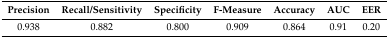
<table><thead><tr><td><b>Precision</b></td><td><b>Recall/Sensitivity</b></td><td><b>Specificity</b></td><td><b>F-Measure</b></td><td><b>Accuracy</b></td><td><b>AUC</b></td><td><b>EER</b></td></tr></thead><tbody><tr><td>0.938</td><td>0.882</td><td>0.800</td><td>0.909</td><td>0.864</td><td>0.91</td><td>0.20</td></tr></tbody></table>